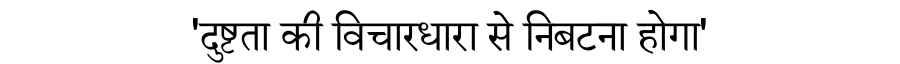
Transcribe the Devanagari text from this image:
'दुष्टता की विचारधारा से निबटना होगा'